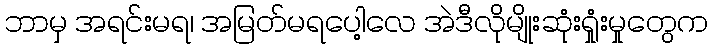
ဘာမှ အရင်းမရ၊ အမြတ်မရပေါ့လေ အဲဒီလိုမျိုးဆုံးရှုံးမှုတွေက